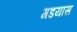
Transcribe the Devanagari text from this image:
गडयास